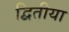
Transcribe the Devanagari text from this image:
द्बितीया